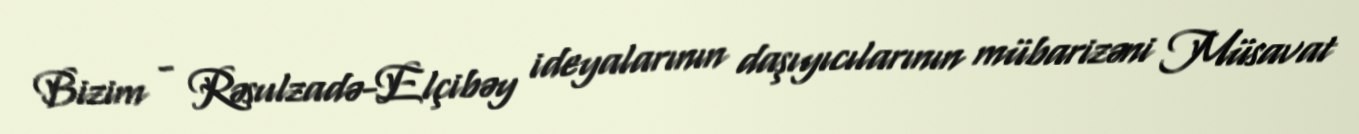
Bizim - Rəsulzadə-Elçibəy ideyalarının daşıyıcılarının mübarizəni Müsavat